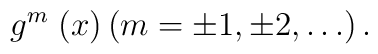
g^{m}\;(x)\left( m=\pm 1,\pm 2,\ldots \right) .